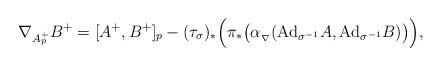
LaTeX: \begin{align*}\nabla_{A^{+}_{p}}B^{+}=[A^{+},B^{+}]_{p}-(\tau_{\sigma})_{*}\Big(\pi_*\big( \alpha_{_{\nabla}}(\mathrm{Ad}_{\sigma^{-1}}A,\mathrm{Ad}_{\sigma^{-1}}B)\big)\Big),\end{align*}